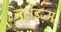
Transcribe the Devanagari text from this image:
जूदाइज़्म